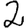
Digit: 2